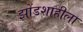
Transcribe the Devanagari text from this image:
झोंडशाहीला